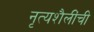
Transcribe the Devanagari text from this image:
नृत्यशैलींची